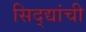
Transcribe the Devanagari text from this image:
सिद्द्यांची